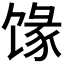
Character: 𱄄